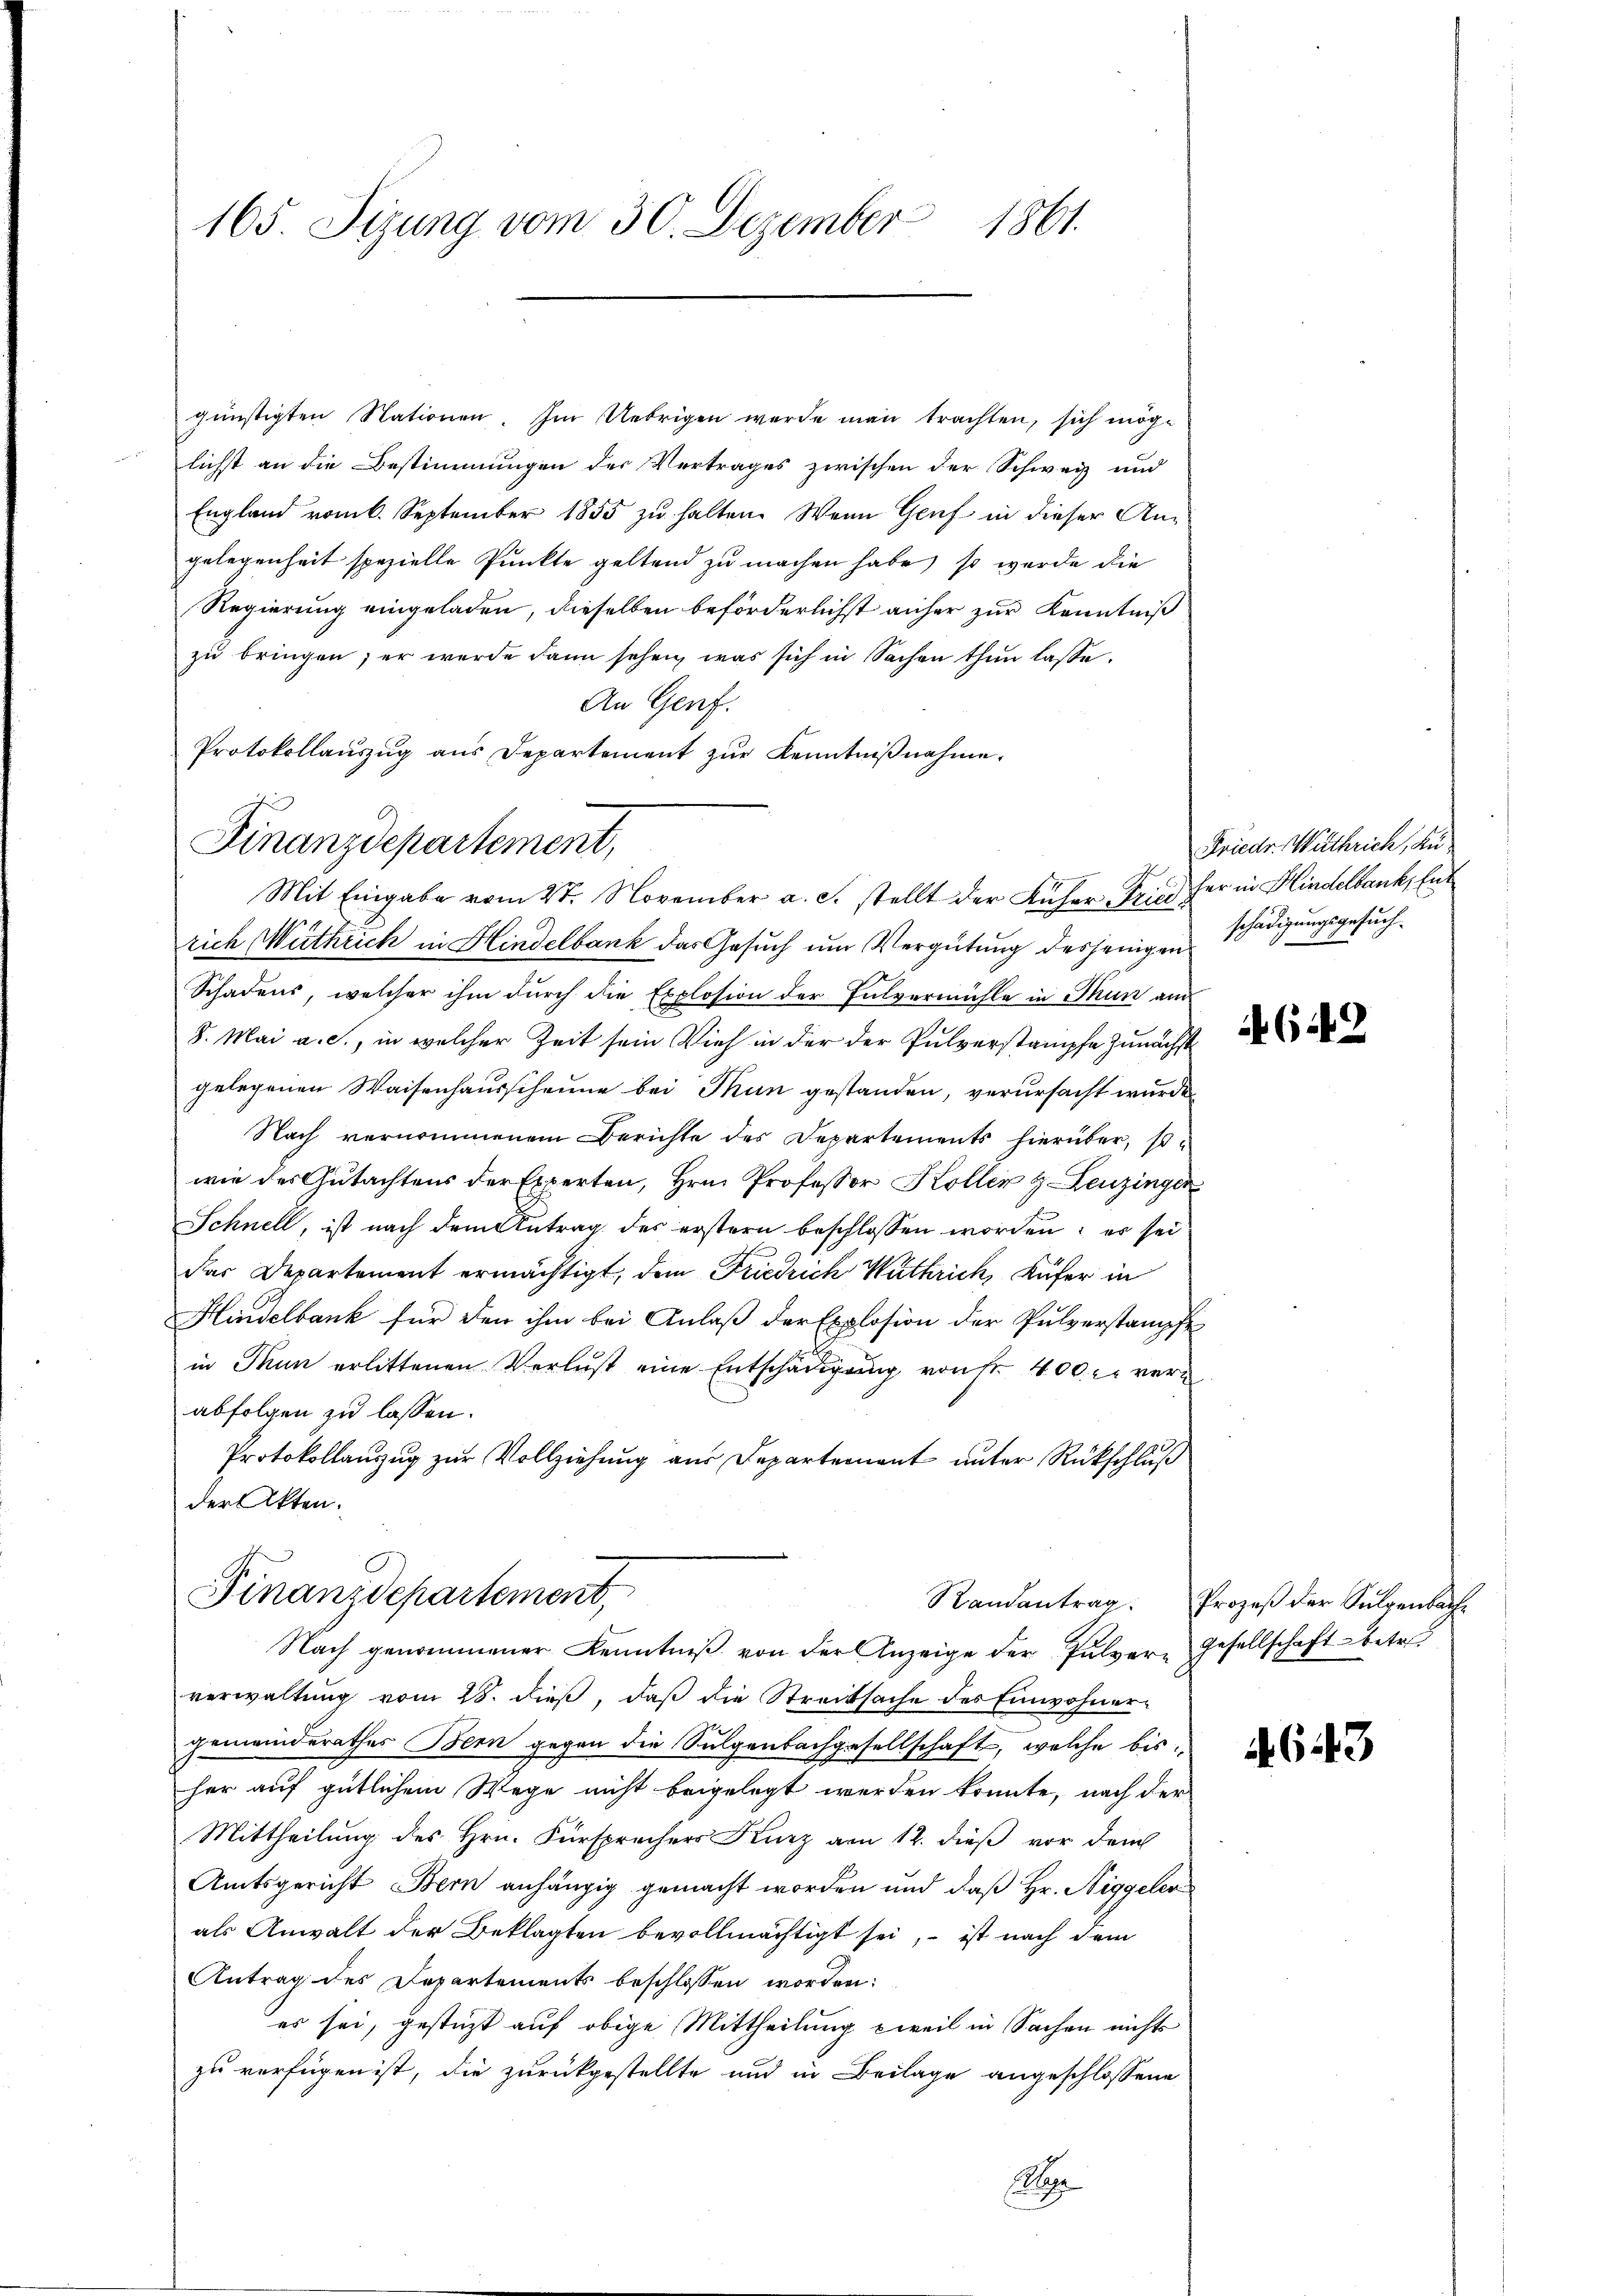
165. Sizung vom 30. Dezember 1861.

günstigten Nationen. Im Uebrigen werde man trachten, sich möge
lichst an die Bestimmungen der Vertrages zwischen der Schweiz und
England vom 6. September 1855 zu halten. Wenn Genf in dieser Angelegenheit spezielle Punkte geltend zu machen habe, so wurde die
Regierung eingeladen, dieselben beförderlichst anher zur Kenntniß
zu bringen; er werde dann sehen, was sich in Sachen thun lasse.
An Genf.
rich Würthrich in Hindelbank das Gesuch um Vergütung desjenigen
Schadens, welcher ihm durch die Explosion der Pulvermühle in Thun am
8. Mai a. c., in welcher Zeit sein Vieh in der der Pulverstampfe zunächst
gelegenen Waisenhausscheune bei Thun gestanden, verursacht wurde
Nach vernommenem Berichte des Departements hierüber, sowie des Gutachtens der Experten, Hrn. Professor Koller & Leuzingen
Schnell, ist nach dem Antrag des erstern beschlossen worden; es sei
das Departement ermächtigt, dem Friedrich Wathrich, Küfer in
Hindelbank für den ihm bei Anlaß der Explosion der Pulverstampfe
in Thun erlittenen Verlust eine Entschädigŭng von fr. 400. r. verabfolgen zu lassen.
Protokollanzug zur Vollziehung aus Departement unter Rückschluß
der Akten.
Finanzdepartement,
Nach genommener Kenntniβ von der Anzeige der Pulvere Gesellschaft betr.
verwaltung vom 28. dieß, daß die Streitsache des Einwohnergemeinderathes Bern gegen die Sulgenbachgesellschaft, welche bis
her auf gütlichem Wege nicht beigelegt werden könnte, nach der
Mittheilung des Hrn. Fürsprechers Kurz am 12. dieß vor dem
Amtsgericht Bern anhängig gemacht worden und daß Hr. Niggeler
als Anwalt der Beklagten bevollmächtigt sei, ist nach dem
Antrag des Departements beschlossen worden:
es sei, gestüzt auf obige Mittheilung zweil in Sachen nichts
zu verfügen ist, die zurückgestellte und in Beilage angeschlossene
g

Protokollaŭszŭg aŭs Departement zŭr Kenntniβnahme.
Finanzdepartement,
Mit Eingabe vom 27. November a. c. stellt der Küher, Pries her in Hindelbank, hat

Frieder Wuthrich, Kuschädigungsgesuch.

642

Randantrag. Prozeβ der Sulgenbach